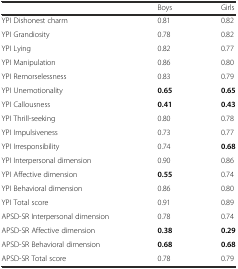
|  | Boys | Girls |
 | --- | --- | --- |
 | YPI Dishonest charm | 0.81 | 0.82 |
 | YPI Grandiosity | 0.78 | 0.82 |
 | YPI Lying | 0.82 | 0.77 |
 | YPI Manipulation | 0.86 | 0.80 |
 | YPI Remorselessness | 0.83 | 0.79 |
 | YPI Unemotionality | 0.65 | 0.65 |
 | YPI Callousness | 0.41 | 0.43 |
 | YPI Thrill-seeking | 0.80 | 0.78 |
 | YPI Impulsiveness | 0.73 | 0.77 |
 | YPI Irresponsibility | 0.74 | 0.68 |
 | YPI Interpersonal dimension | 0.90 | 0.86 |
 | YPI Affective dimension | 0.55 | 0.74 |
 | YPI Behavioral dimension | 0.86 | 0.80 |
 | YPI Total score | 0.91 | 0.89 |
 | APSD-SR Interpersonal dimension | 0.78 | 0.74 |
 | APSD-SR Affective dimension | 0.38 | 0.29 |
 | APSD-SR Behavioral dimension | 0.68 | 0.68 |
 | APSD-SR Total score | 0.78 | 0.79 |